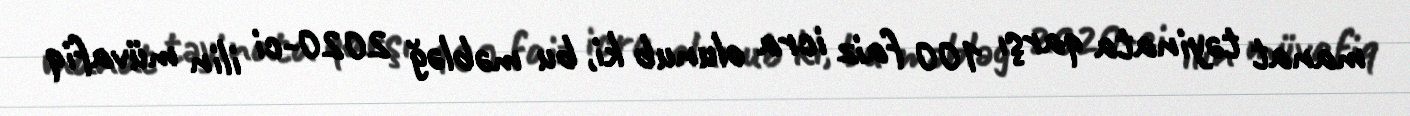
manat təyinata qarşı 100 faiz icra olunub ki, bu məbləğ 2020-ci ilin müvafiq